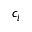
c _ { i }